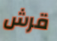
قرش